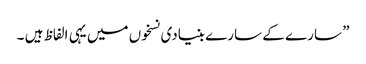
” سارے کے سارے بنیادی نسخوں میں یہی الفاظ ہیں ۔